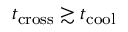
t _ { \mathrm { c r o s s } } \gtrsim t _ { \mathrm { c o o l } }